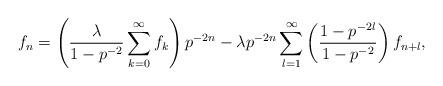
LaTeX: \begin{align*}f_n=\left(\frac{\lambda}{1-p^{-2}}\sum_{k=0}^{\infty} f_k\right)p^{-2n}-\lambda p^{-2n} \sum_{l=1}^{\infty}\left(\frac{1-p^{-2l}}{1-p^{-2}}\right)f_{n+l},\end{align*}